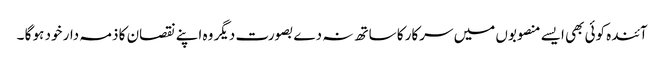
آئندہ کوئی بھی ایسے منصوبوں میں سرکار کا ساتھ نہ دے بصورت دیگر وہ اپنے نقصان کا ذمہ دار خود ہو گا ۔